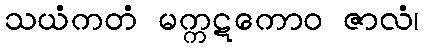
သယံကတံ မက္ကဋကောဝ ဇာလံ၊